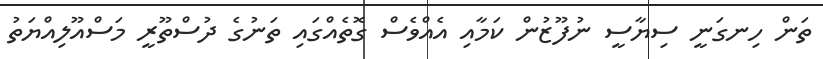
ތަން ހިނގަނީ ސިޔާސީ ނުފޫޒުން ކަމާއި އެއްވެސް ގޮތެއްގައި ތަނުގެ ދުސްތޫރީ މަސްއޫލިއްޔަތު